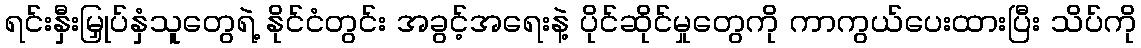
ရင်းနှီးမြှုပ်နှံသူတွေရဲ့ နိုင်ငံတွင်း အခွင့်အရေးနဲ့ ပိုင်ဆိုင်မှုတွေကို ကာကွယ်ပေးထားပြီး သိပ်ကို